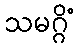
သမဂ္ဂိံ